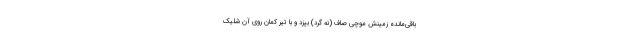
باقی‌مانده زمینش موچی صاف (نه گرد) بپزد و با تیرِ کمان روی آن شلیک